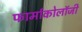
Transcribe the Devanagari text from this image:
फार्माकोलॉजी